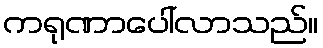
ကရုဏာပေါ်လာသည်။